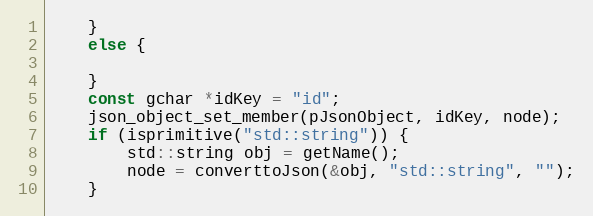
Language: C++
	}
	else {

	}
	const gchar *idKey = "id";
	json_object_set_member(pJsonObject, idKey, node);
	if (isprimitive("std::string")) {
		std::string obj = getName();
		node = converttoJson(&obj, "std::string", "");
	}